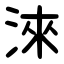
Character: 淶